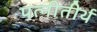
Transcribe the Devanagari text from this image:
पत्नीतीर्थ